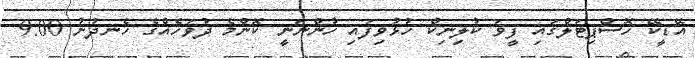
އޭޑީކޭ ހޮސްޕިޓަލްގައި ފީވަ ކުލިނިކް ހުޅުވިފައި ހުންނަނީ ކޮންމެ ދުވަހެއްގެ ހެނދުނު 9:00